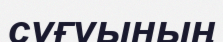
сұғуының